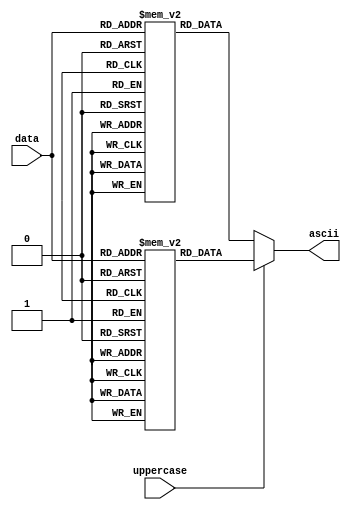
module data2ascii(
	input [7:0] data,
	input uppercase,
	output [7:0] ascii
);

(* ram_init_file = "scancode.mif" *) reg [7:0] myrom1[255:0];
(* ram_init_file = "capscode.mif" *) reg [7:0] myrom2[255:0];
assign ascii = uppercase ? myrom2[data] : myrom1[data];

endmodule